Leaving Certificate Examination, 1922
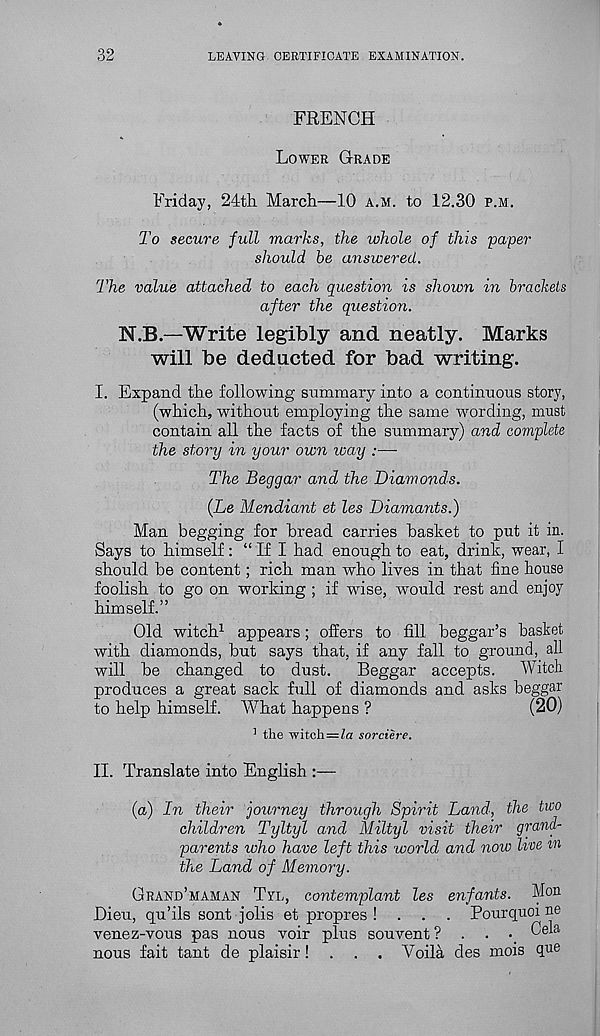
32
LEAVING CERTIFICATE EXAMINATION.
FRENCH
Lower Grade
Friday, 24th March—10 a.m. to 12.30 p.m:.
To secure full marks, the whole of this paper
should be answered.
The value attached to each question is shown in brackets
after the question.
N.B.—Write legibly and neatly. Marks
will be deducted for bad writing.
I. Expand the following summary into a continuous story,
(which, without employing the same wording, must
contain all the facts of the summary) and complete
the story in your own way :■—-
The Beggar and the Diamonds.
(Le Mendiant et les Diamants.)
Man begging for bread carries basket to put it in.
Says to himself: “ If I had enough to eat, drink, wear, I
should be content; rich man who lives in that fine house
foolish to go on working ; if wise, would rest and enjoy
himself.”
Old witch 1 appears; offers to fill beggar’s basket
with diamonds, but says that, if any fall to ground, all
will be changed to dust.
Beggar accepts.
Witch
produces a great sack full of diamonds and asks beggar
to help himself. What happens ?
(20)
■ l the witch=Za sorciere.
II. Translate into English :—
(a) In their journey through Spirit Land, the two
children Tyltyl and Miltyl visit their grand-
parents who have left this world and now Ivoe m
the Land of Memory.
Grand’maman Tyl, contemplant les enfants. Mo n
Dieu, qu’ils sont jobs et propres ! . . . Pourquoi ne
venez-vous pas nous voir plus souvent ? . . • Oela
nous fait tant de plaisir! . . . Voila des mois que